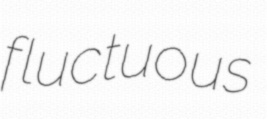
fluctuous